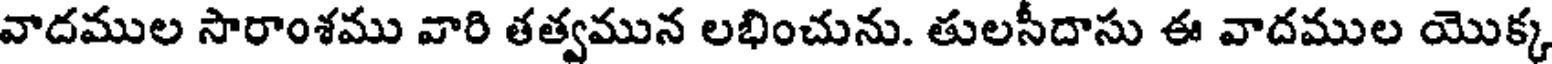
వాదముల సారాంశము వారి తత్వమున లభించును. తులసీదాసు ఈ వాదముల యొక్క